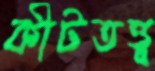
কীটতত্ত্ব